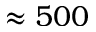
\approx 5 0 0